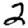
Digit: 2